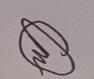
Signature authenticity: genuine